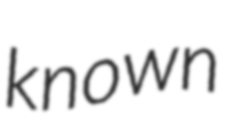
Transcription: known